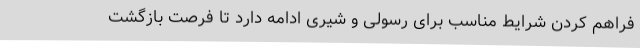
فراهم کردن شرایط مناسب برای رسولی و شیری ادامه دارد تا فرصت بازگشت